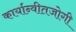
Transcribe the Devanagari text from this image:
कार्यान्वीतजोगी